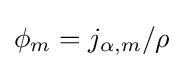
\phi _{m}=j_{\alpha ,m}/\rho